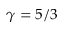
\gamma = 5 / 3